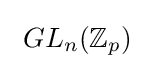
\ GL_{n}(\mathbb {Z} _{p})